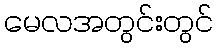
မေလအတွင်းတွင်